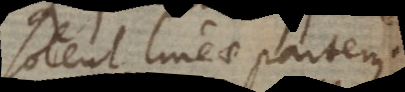
solent lineae partem.